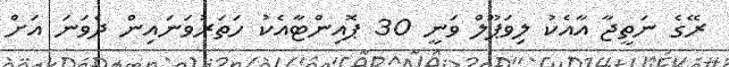
ރޭގެ ނަތީޖާ އާއެކު ލިވަޕޫލް ވަނީ 30 ޕޮއިންޓާއެކު ހަތަރުވަނައިން ދެވަނަ އަށް